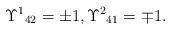
LaTeX: \begin{align*}\Upsilon^1{}_{42}=\pm 1,\Upsilon^2{}_{41}=\mp 1.\end{align*}